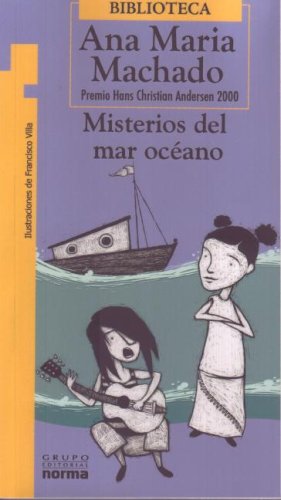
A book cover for Misterios Del Mar Oceano/ Mysteries of the Ocean Sea (Torre De Papel) (Spanish Edition); Ana Maria Machado; Teen & Young Adult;